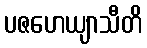
ပဇဟေယျာသီတိ